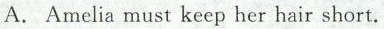
A. Amelia must keep her hair short.